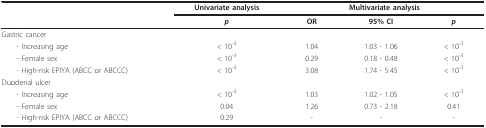
|  | Univariate analysis | <COLSPAN=3> Multivariate analysis |
 |  | p | OR | 95% CI | p |
 | --- | --- | --- | --- | --- |
 | Gastric cancer |  |  |  |  |
 | - Increasing age | < 10-3 | 1.04 | 1.03 - 1.06 | < 10-3 |
 | - Female sex | < 10-3 | 0.29 | 0.18 - 0.48 | < 10-3 |
 | - High-risk EPIYA (ABCC or ABCCC) | < 10-3 | 3.08 | 1.74 - 5.45 | < 10-3 |
 | Duodenal ulcer |  |  |  |  |
 | - Increasing age | < 10-3 | 1.03 | 1.02 - 1.05 | < 10-3 |
 | - Female sex | 0.04 | 1.26 | 0.73 - 2.18 | 0.41 |
 | - High-risk EPIYA (ABCC or ABCCC) | 0.29 | - | - | - |